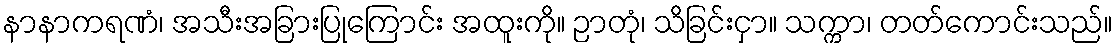
နာနာကရဏံ၊ အသီးအခြားပြုကြောင်း အထူးကို။ ဉာတုံ၊ သိခြင်းငှာ။ သက္ကာ၊ တတ်ကောင်းသည်။